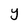
Character: y